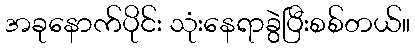
အခုနောက်ပိုင်း သုံးနေရာခွဲပြီးစစ်တယ်။